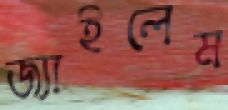
জ্যাইলেম